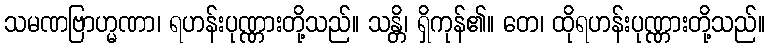
သမဏဗြာဟ္မဏာ၊ ရဟန်းပုဏ္ဏားတို့သည်။ သန္တိ၊ ရှိကုန်၏။ တေ၊ ထိုရဟန်းပုဏ္ဏားတို့သည်။